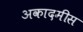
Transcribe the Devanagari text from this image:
अकादमीस